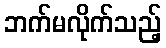
ဘက်မလိုက်သည့်